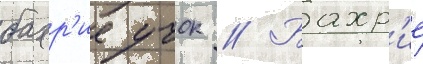
бахр'ие учок // Бахр'ие